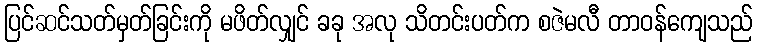
ပြင်ဆင်သတ်မှတ်ခြင်းကို မဖိတ်လျှင် ခခု အလု သိတင်းပတ်က စဇဲမလီ တာဝန်ကျေသည်